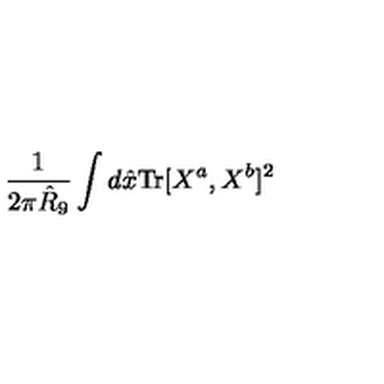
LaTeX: \frac { 1 } { 2 \pi \hat { R } _ { 9 } } \int d \hat { x } \mathrm { T r } [ X ^ { a } , X ^ { b } ] ^ { 2 }